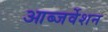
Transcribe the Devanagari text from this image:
आब्जर्वेशन